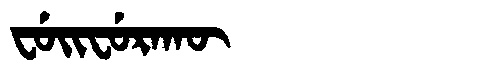
Manchu: ᠸᡠᡳᠸᡠᡵᠠᡴᡡ
Romanization: FUIFURAKŪ